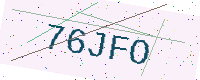
Text: 76JFO